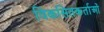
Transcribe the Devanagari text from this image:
विकसितकर्ताओं